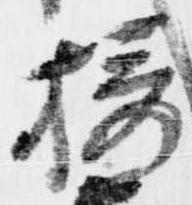
摂